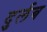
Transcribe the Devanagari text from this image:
दुर्लब